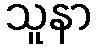
သူနာ